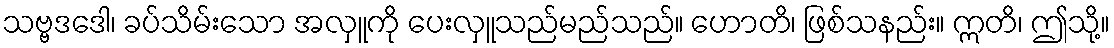
သဗ္ဗဒဒေါ၊ ခပ်သိမ်းသော အလှူကို ပေးလှူသည်မည်သည်။ ဟောတိ၊ ဖြစ်သနည်း။ ဣတိ၊ ဤသို့။